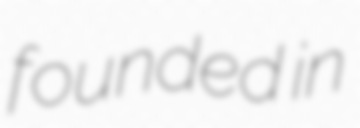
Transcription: founded in